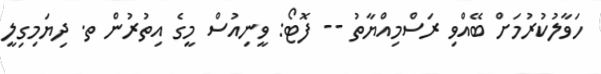
ހަވާލުކުރުމަށް ބޭއްވި ރަސްމިއްޔާތު -- ފޮޓޯ: ވީނިއުސް މީގެ އިތުރުން ތ. ދިޔަމިގިލީ